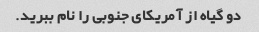
دو گیاه از آمریکای جنوبی را نام ببرید.